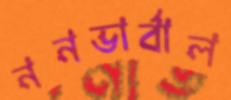
ননভার্বাল